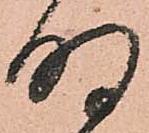
明